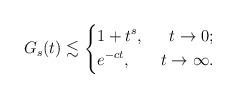
LaTeX: \begin{align*}G_{s}(t)\lesssim\left\{\begin{aligned}&1+t^{s},&\ t\rightarrow 0;\\&e^{-ct},&\ t\rightarrow \infty.\end{aligned}\right.\end{align*}